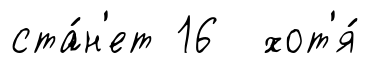
ста́н'ет 16 хот'я́